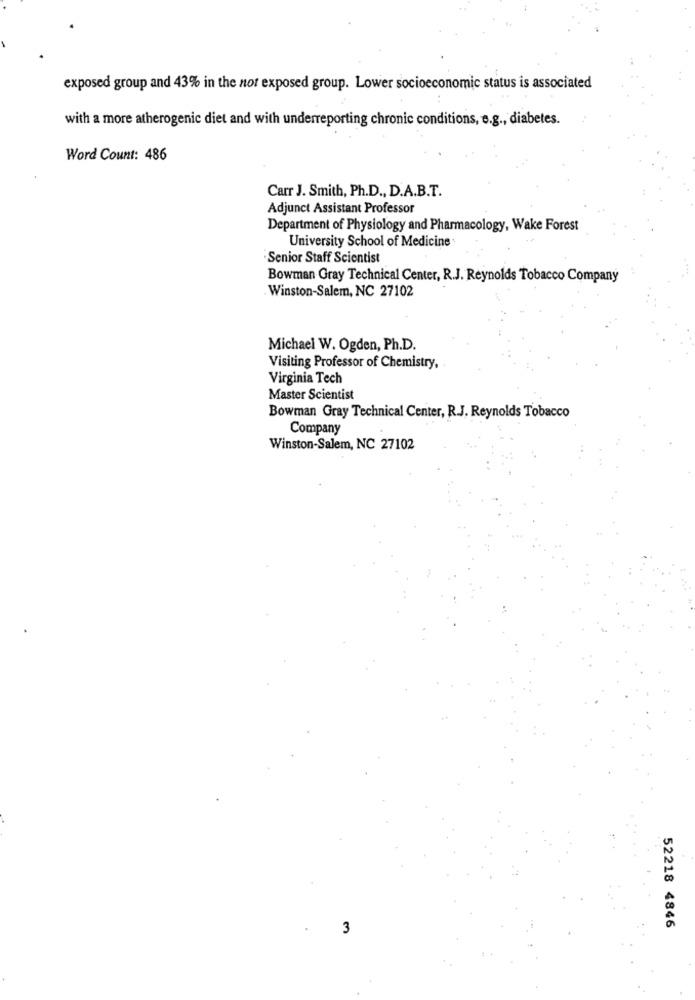
exposed group and 43% in the not exposed group. Lower socioeconomic status is associated
with a more atherogenic diet and with underreporting chronic conditions, e.g ., diabetes.
Word Count: 486
Carr J. Smith, Ph.D ., D.A.B.T.
Adjunct Assistant Professor
Department of Physiology and Pharmacology, Wake Forest
University School of Medicine
Senior Staff Scientist
Bowman Gray Technical Center, R.J. Reynolds Tobacco Company
Winston-Salem, NC 27102
Michael W. Ogden, Ph.D.
Visiting Professor of Chemistry,
Virginia Tech
Master Scientist
Bowman Gray Technical Center, R.J. Reynolds Tobacco
Company
Winston-Salem, NC 27102
3
52218 4846